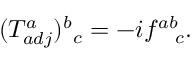
( T _ { a d j } ^ { a } ) _ { \; \; c } ^ { b } = - i f _ { \; \; \; \; c } ^ { a b } .